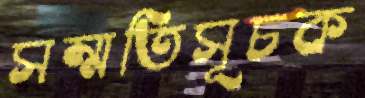
সম্মতিসূচক